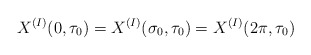
\begin{align*}X^{(I)}(0,\tau_0) = X^{(I)}(\sigma_0, \tau_0) = X^{(I)}(2\pi,\tau_0)\end{align*}